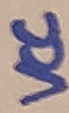
Text: VCC